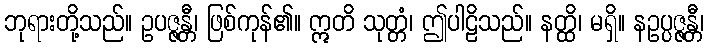
ဘုရားတို့သည်။ ဥပဇ္ဇန္တီ၊ ဖြစ်ကုန်၏။ ဣတိ သုတ္တံ၊ ဤပါဠိသည်။ နတ္ထိ၊ မရှိ။ နဥပ္ပဇ္ဇန္တီ၊